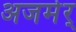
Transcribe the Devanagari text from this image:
अजमेर्